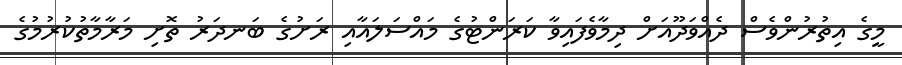
މީގެ އިތުރުންވެސް ދެއްވަދޫއަށް ދިމާވެފައިވާ ކަރަންޓުގެ މައްސަލައާއި ރަށުގެ ބަނދަރު ތޮށި މަރާމާތުކުރުމުގެ